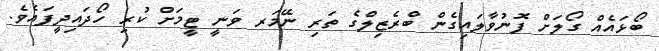
ބޯޅައެއް ގޯލަށް ފޮނުވާލައިގެން ބްރެޒިލްގެ ތަރި ނޭމަރ ވަނީ ޓީމަށް ކުރި ހޯދައިދީފައެވެ.